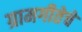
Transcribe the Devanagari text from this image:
ग्रामगीतेचे